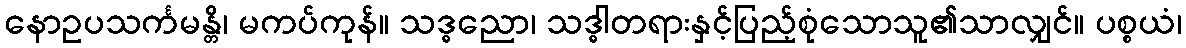
နောဥပသင်္ကမန္တိ၊ မကပ်ကုန်။ သဒ္ဓညော၊ သဒ္ဓါတရားနှင့်ပြည့်စုံသောသူ၏သာလျှင်။ ပစ္စယံ၊